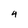
Character: 4